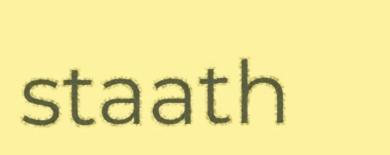
staath